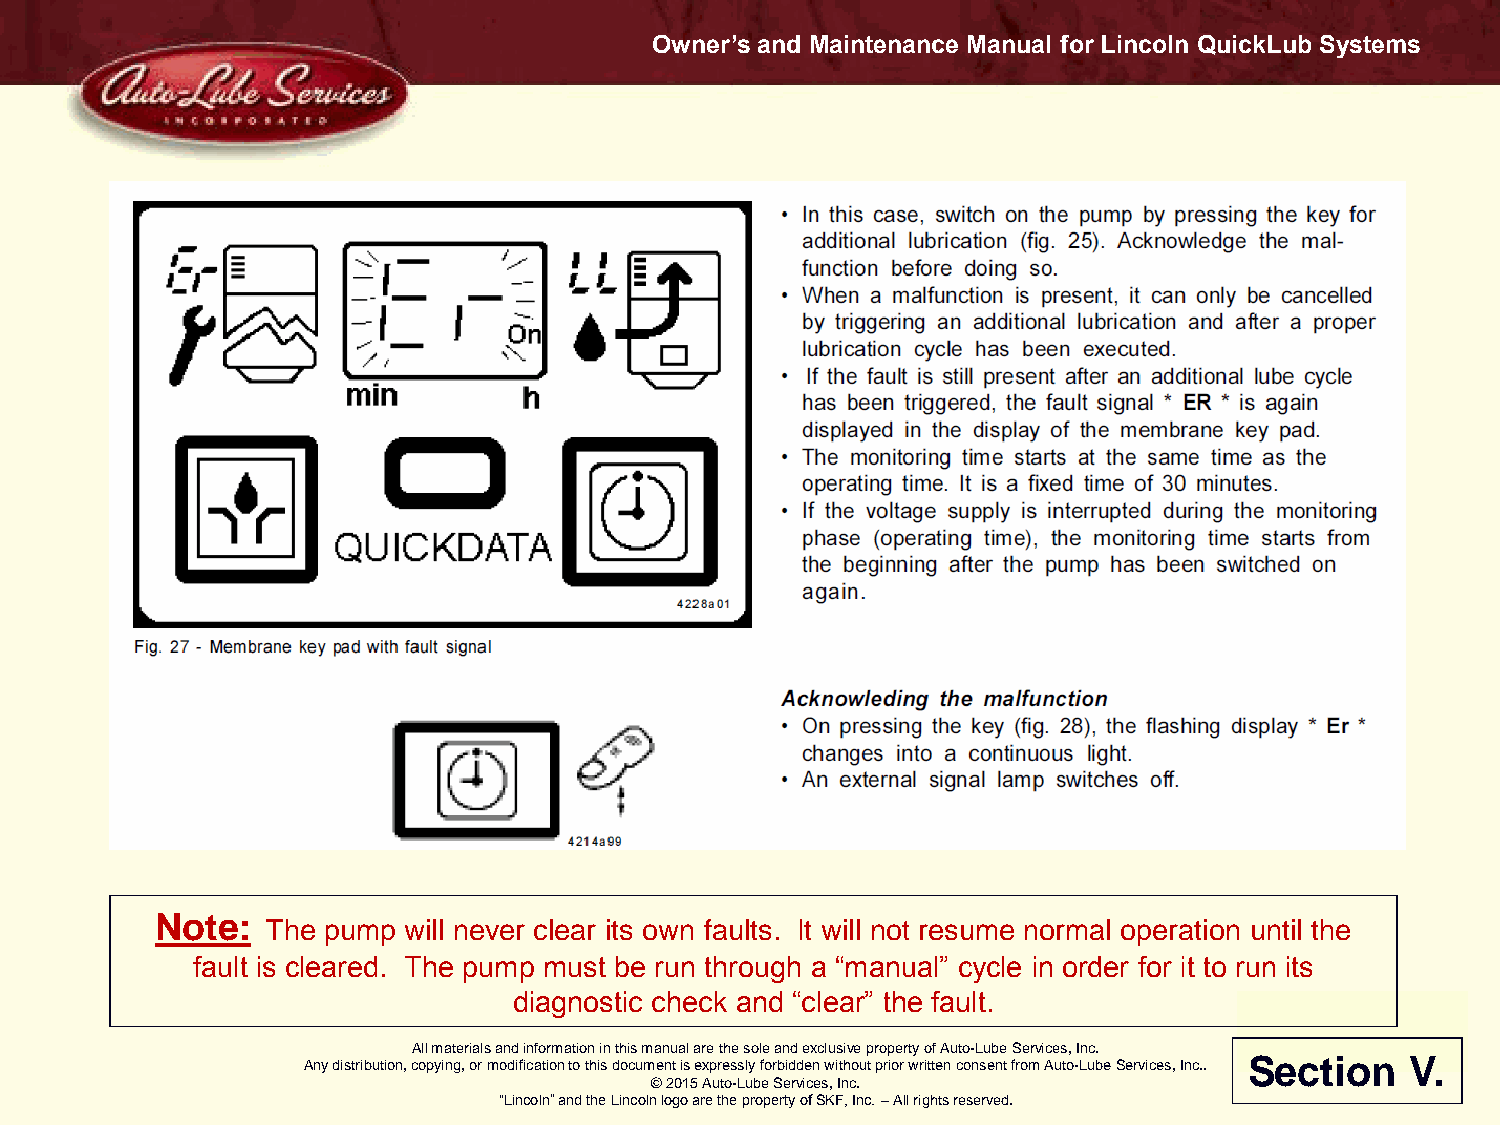
Owner’s and Maintenance Manual for Lincoln QuickLub Systems
 Note:
 The pump will never clear its own faults. It will not resume normal operation until the
 fault is cleared. The pump must be run through a “manual” cycle in order for it to run its
 diagnostic check and “clear” the fault.
 All materials and information in this manual are the sole and exclusive property of Auto-Lube Services, Inc.
 Any distribution, copying, or modification to this document is expressly forbidden without prior written consent from Auto-Lube Services, Inc.. Section V.
 © 2015 Auto-Lube Services, Inc.
 “Lincoln” and the Lincoln logo are the property of SKF, Inc. – All rights reserved.